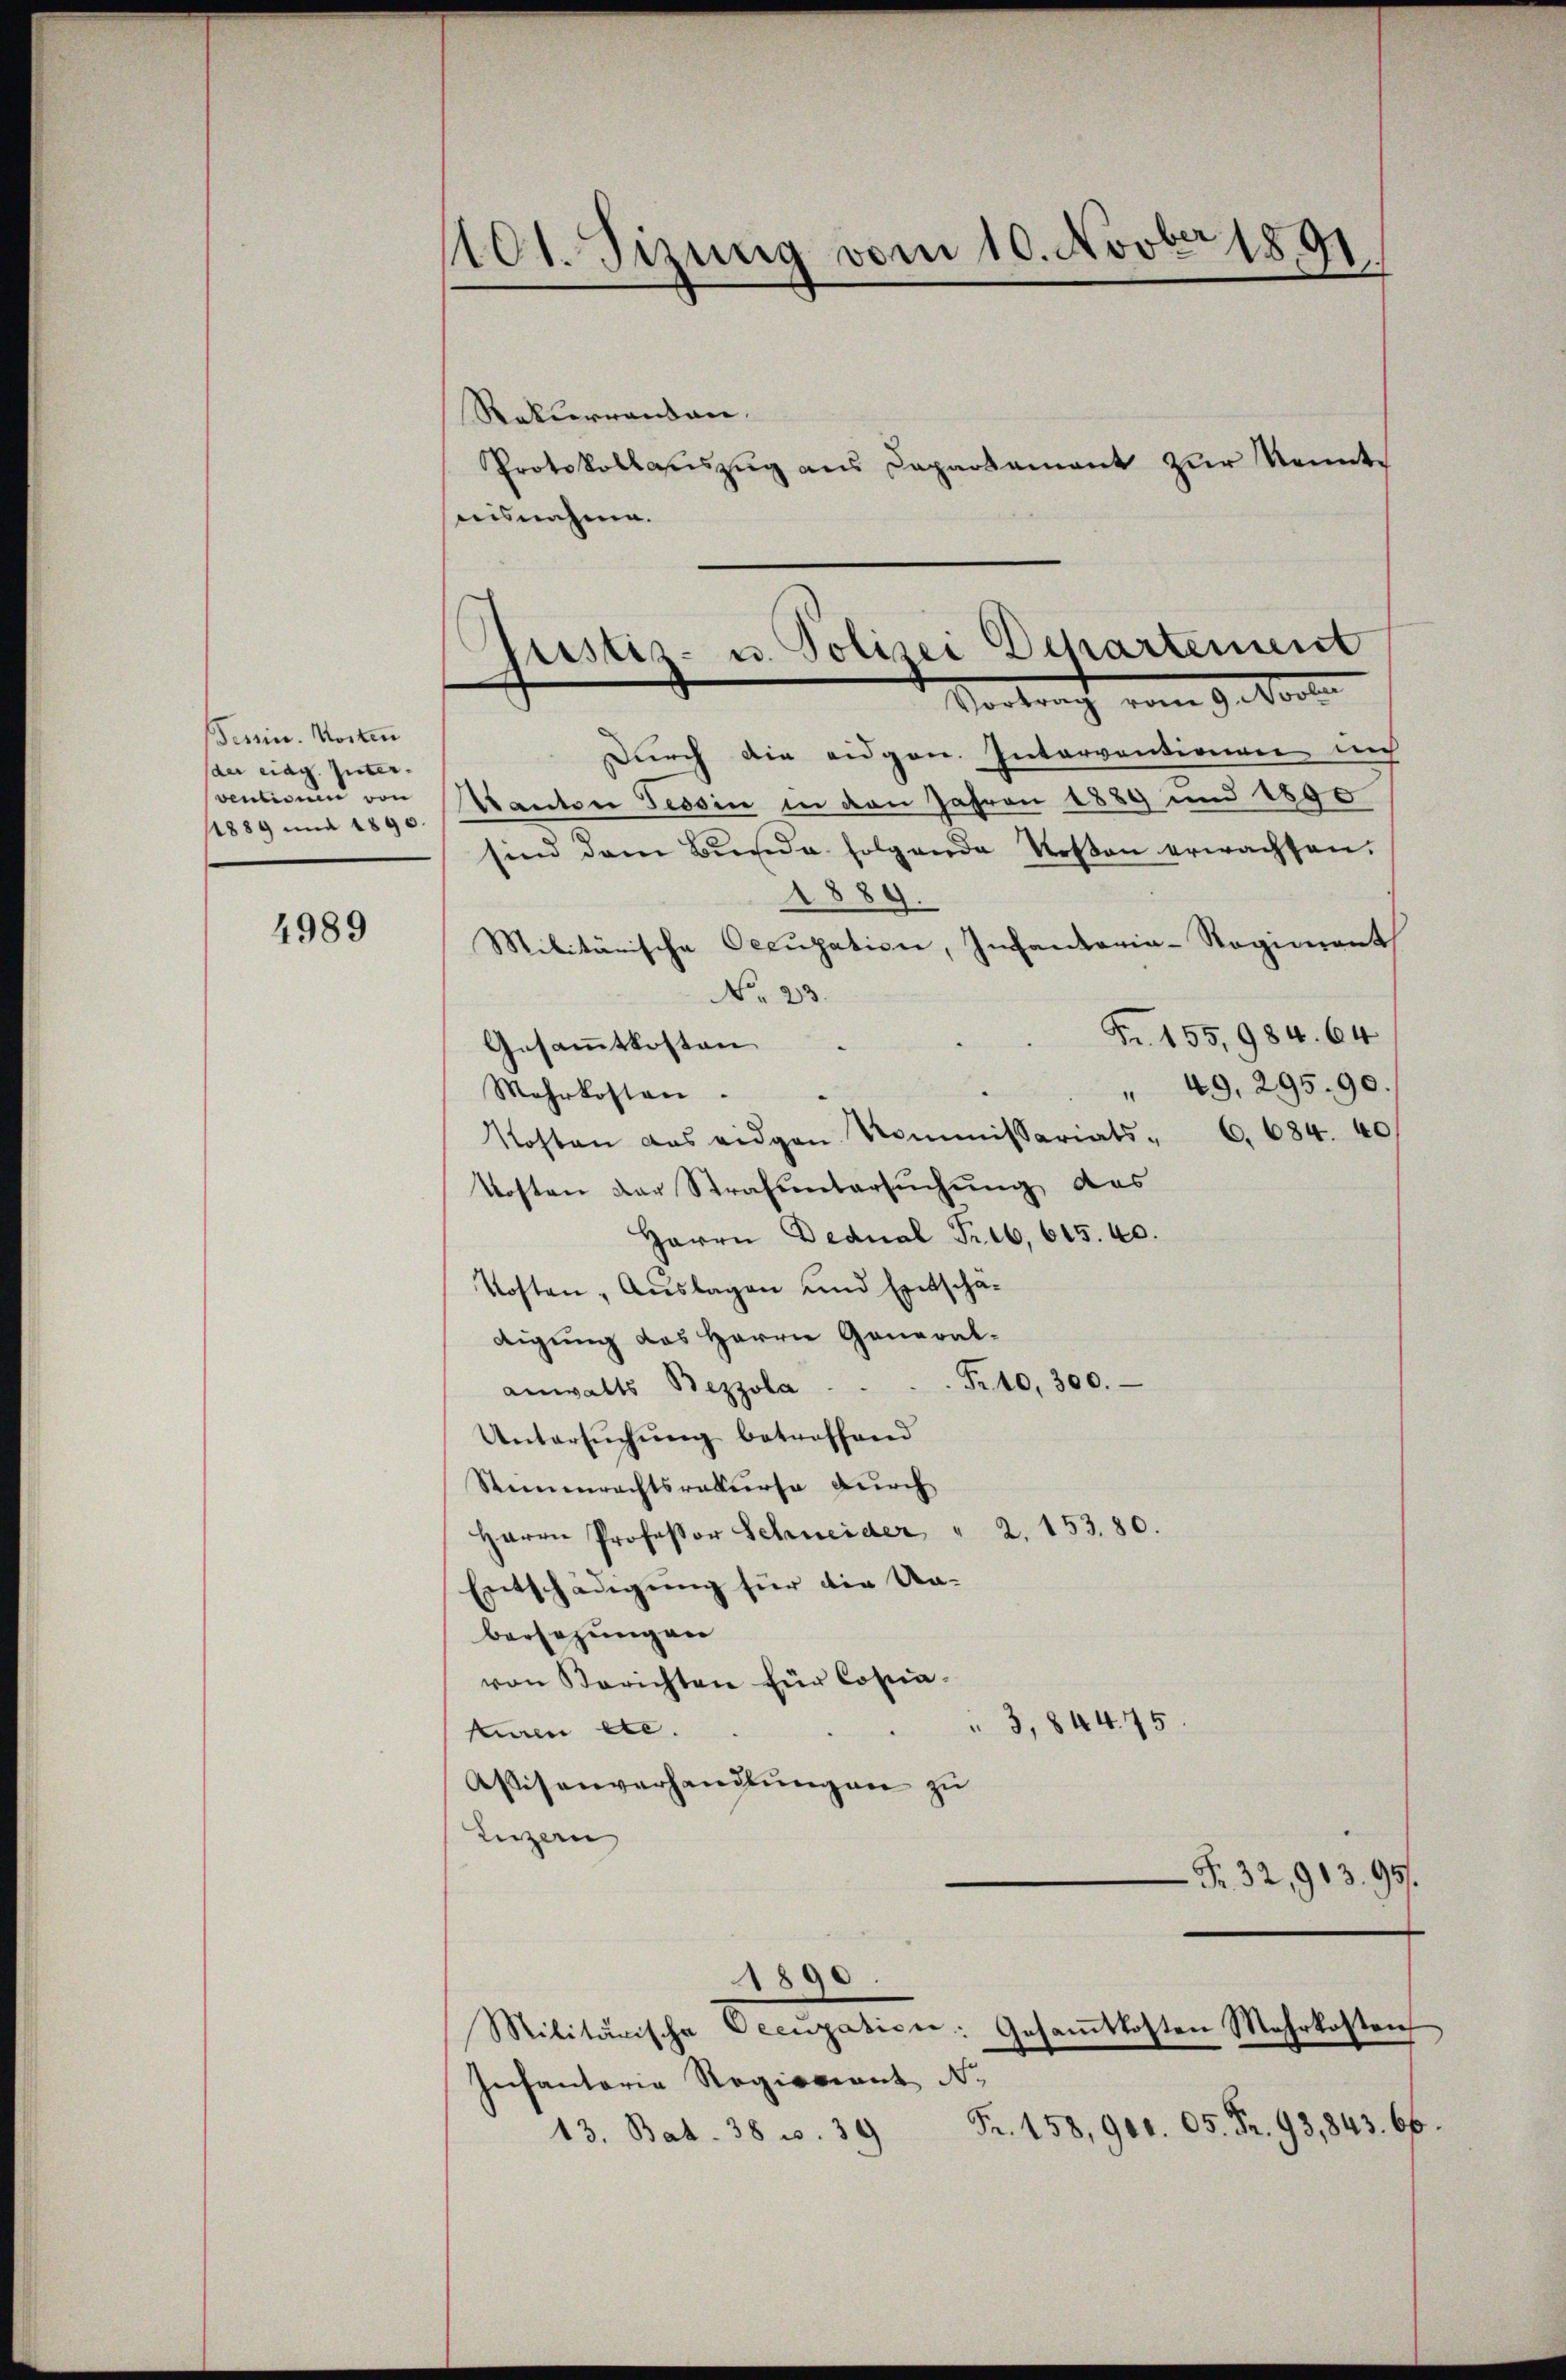
Tessin. Kosten
(der eidg. unterventione von
1889 und 1890.

4989

1101. Sizung vom 10. Novbr 1891.

Rekurrenten.
aisnahme.
Durch die eidgen. Interventionen uns
Kanton Tessin in den Jahren 1889 und 1890
sind dem Bunde folgende Rosen erwachsen.
1884
Militärische Occupation, Infantoria-Regiment
No 23.
Fr. 155, 984. 64
Gesammtkosten
" 49. 295. 90.
Mehrkosten.
Kosten das eidgen Kommissariats - 6. 684. 40
Kosten der Strafuntersuchung des
Harre Dedual Trib. 615. 10.
Kosten, Auslagen und Entschädigung des Herrn General-
anwalts Bezzola  ..  ..  ..  ..  Fr. 40, 300.
Untersŭchŭng betroffend
Steinenrechtsrekurse durch
Herrn Professor Schneider " 2. 153. 80.
Entschädigung für die Un-
bersezungen
von Berichten für Copia¬
3,844. 75.
kiren etc.
Wisenverhandlungen zu
Luzern
- Fr. 32, 913. 99.
1890.
Militärische Occupation: Gesamtkosten Mehrkosten
Infantaria Regieriant No.
13. Bat. 38 u. 39 Fr. 158, 900. 65. Fr. 93,843. 66.

Protokollauszug aus Capartament zur Kennt¬

Justiz- u. Polizei Departement
Verbracht vom 9. Mart.